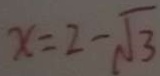
x = 2 - \sqrt { 3 }